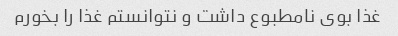
غذا بوی نامطبوع داشت و نتوانستم غذا را بخورم